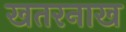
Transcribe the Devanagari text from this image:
खतरनाख